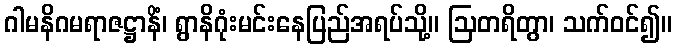
ဂါမနိဂမရာဇဋ္ဌာနိံ၊ ရွာနိဂုံးမင်းနေပြည်အရပ်သို့။ ဩတရိတွာ၊ သက်ဝင်၍။